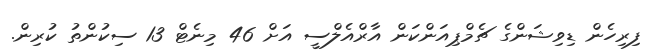
ފިރިހެން ޑިވިޝަންގެ ޗެމްޕިއަންކަން އާރްއެލްސީ އަށް 46 މިނެޓް 13 ސިކުންތު ކުރިން.